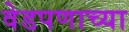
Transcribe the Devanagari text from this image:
वेडपणाच्या